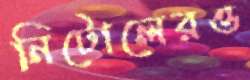
নিটোলেরও